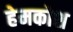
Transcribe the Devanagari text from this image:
हेमकोश